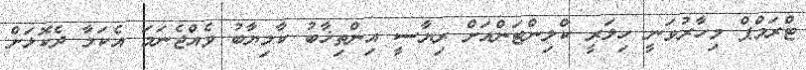
ޓްރަމްޕް މިހާރުވަނީ ހިލަރީ ކްލިންޓަންއަށް ރިޔާސީ އިންތިޚާބު ކާމިޔާބު ވެއްޖެނަމަ އެކަމާ ދެކޮޅަށް